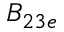
B _ { 2 3 e }